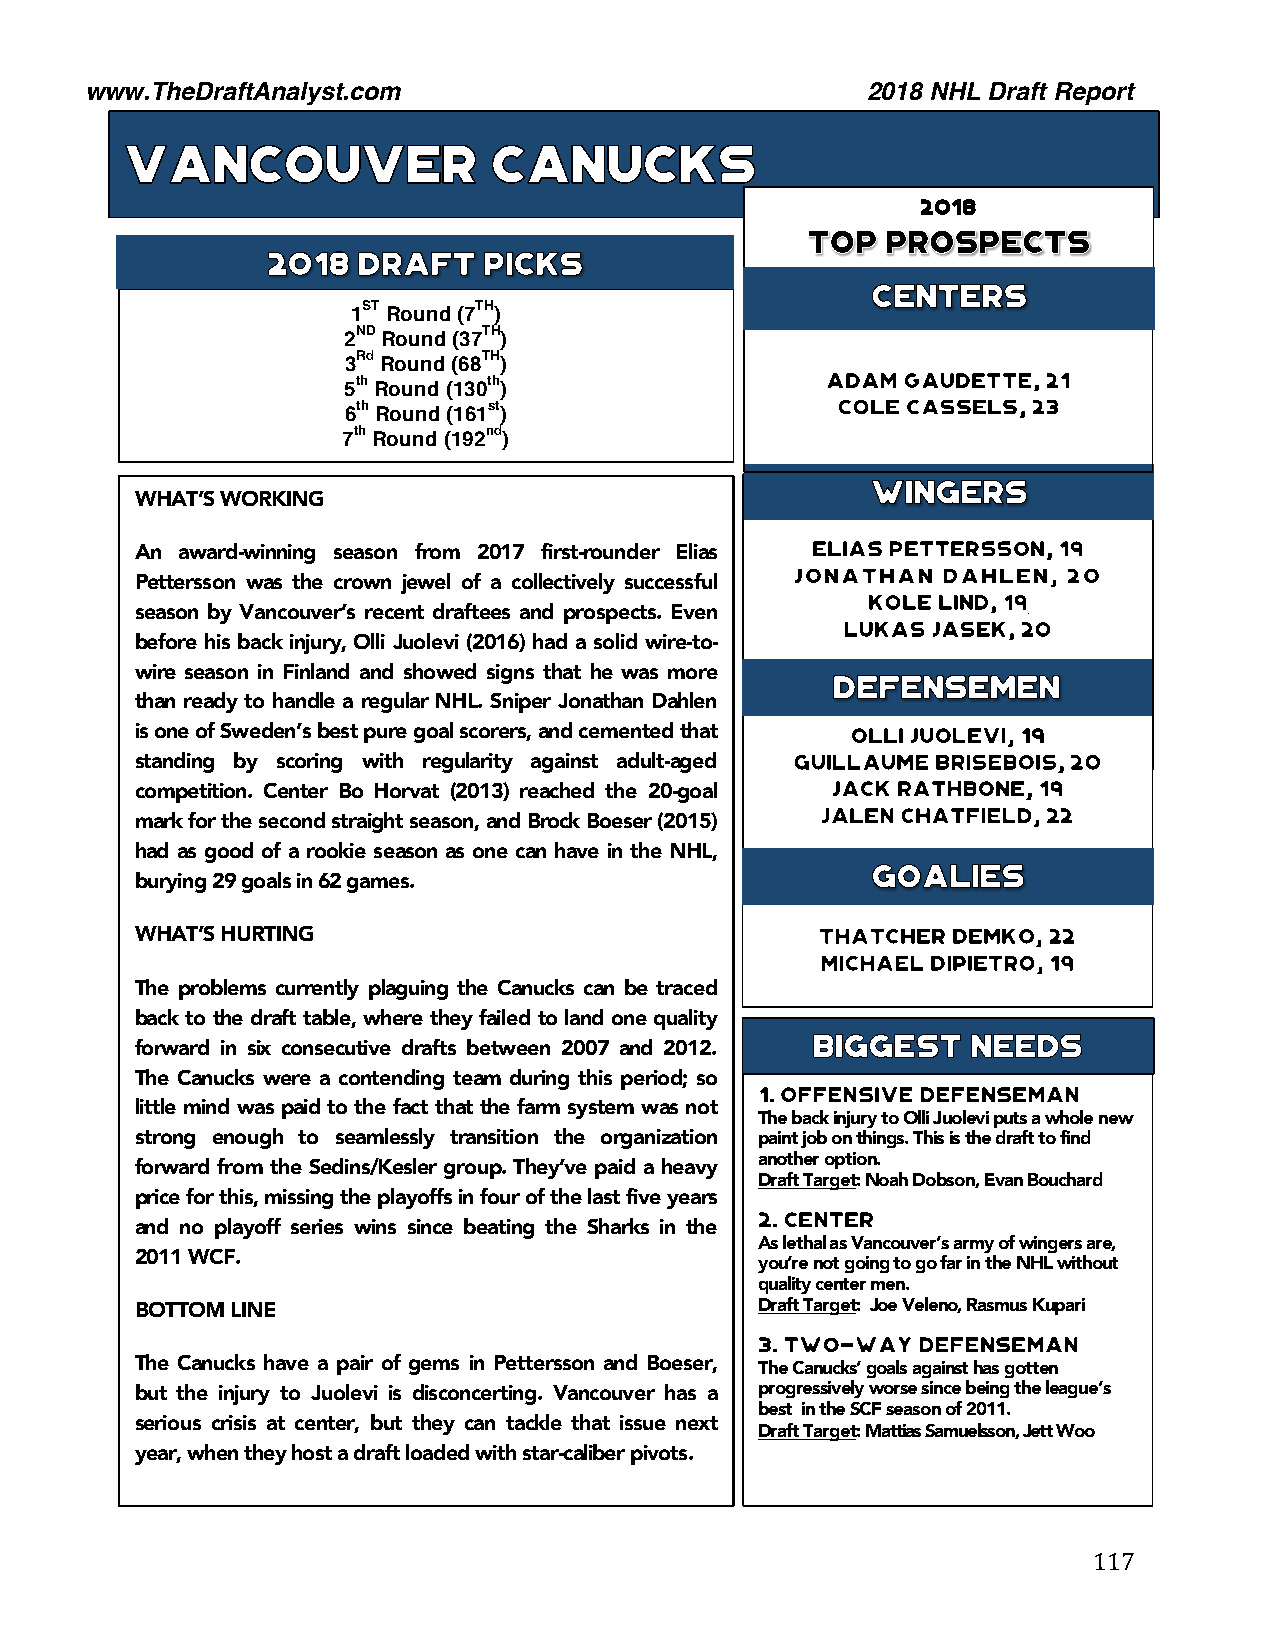
www.TheDraftAnalyst.com                            2018 NHL Draft Report
 2018
 1ST Round (7TH)
 2ND Round (37TH)
 3Rd Round (68TH)
 5th Round (130th)
 6th Round (161st)
 7th Round (192nd)
 WHAT’S WORKING
 An award-winning season from 2017 first-rounder Elias
 Pettersson was the crown jewel of a collectively successful
 season by Vancouver’s recent draftees and prospects. Even
 before his back injury, Olli Juolevi (2016) had a solid wire-to-
 wire season in Finland and showed signs that he was more
 than ready to handle a regular NHL. Sniper Jonathan Dahlen
 is one of Sweden’s best pure goal scorers, and cemented that
 standing by scoring with regularity against adult-aged
 competition. Center Bo Horvat (2013) reached the 20-goal
 mark for the second straight season, and Brock Boeser (2015)
 had as good of a rookie season as one can have in the NHL,
 burying 29 goals in 62 games.
 WHAT’S HURTING
 The problems currently plaguing the Canucks can be traced
 back to the draft table, where they failed to land one quality
 forward in six consecutive drafts between 2007 and 2012.
 The Canucks were a contending team during this period; so
 little mind was paid to the fact that the farm system was not
 The back injury to Olli Juolevi puts a whole new
 strong enough to seamlessly transition the organization paint job on things. This is the draft to find
 another option.
 forward from the Sedins/Kesler group. They’ve paid a heavy
 180. Draft Target: Noah Dobson, Evan Bouchard
 price for this, missing the playoffs in four of the last five years
 and no playoff series wins since beating the Sharks in the
 As lethal as Vancouver’s army of wingers are,
 2011 WCF.
 you’re not going to go far in the NHL without
 quality center men.
 BOTTOM LINE                              Draft Target: Joe Veleno, Rasmus Kupari
 183.
 The Canucks have a pair of gems in Pettersson and Boeser, The Canucks’ goals against has gotten
 but the injury to Juolevi is disconcerting. Vancouver has a progressively worse since being the league’s
 best in the SCF season of 2011.
 serious crisis at center, but they can tackle that issue next
 Draft Target: Mattias Samuelsson, Jett Woo
 year, when they host a draft loaded with star-caliber pivots.
 117